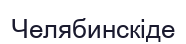
Челябинскіде